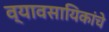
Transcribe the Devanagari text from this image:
व्यावसायिकांचे